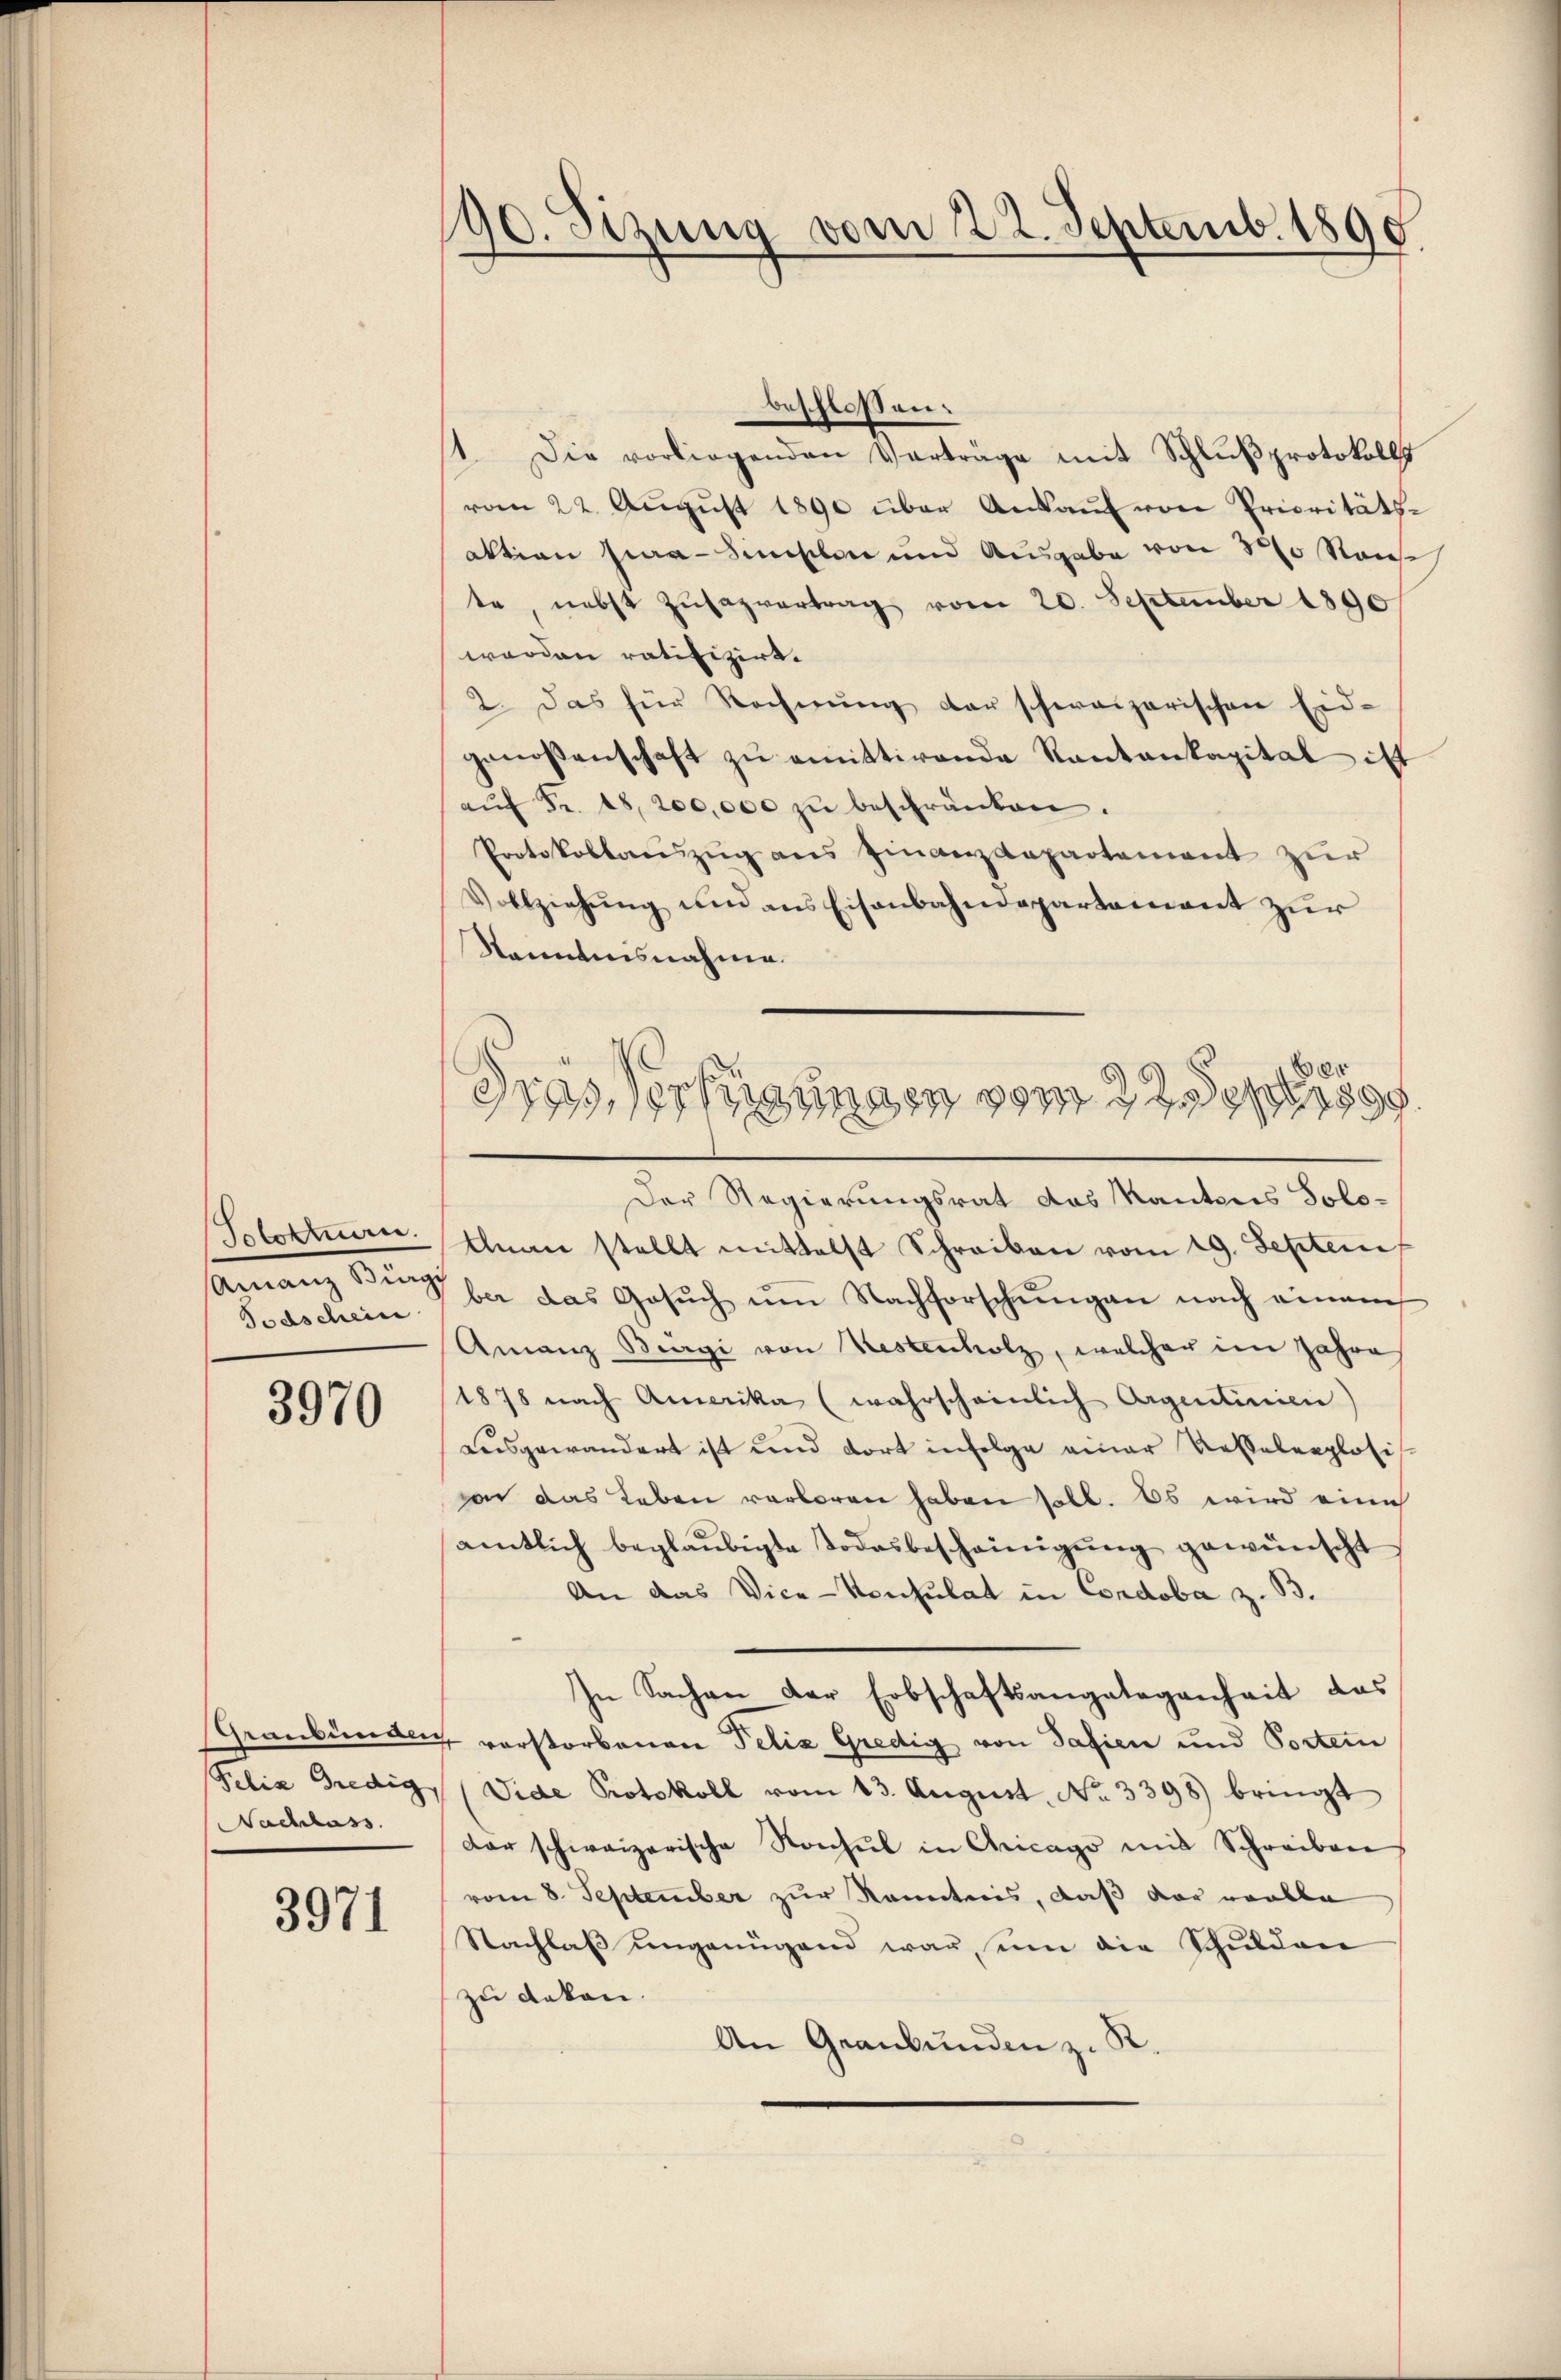
Poloktuern.
Ainanz Bürgi
Todschein

3970

Pelia Bredig
Nachlass

3971

190. Sizung vom 22. Septemb. 1890.

1. Die vorliegenden Verträge mit Schlŭβprotokolls
vom 22. Aŭgŭst 1890 über Ankaŭf von Prioritäts-
aktion zwar - Simsten und Ausgabe von 300 Ranseh
te, nebst Zŭsazvertrag vom 20. September 1890
worden ratifizirt.
2. Das für Rechnŭng der schweizerischen Eid-
genossenschaft zŭ emittirende Kantonkapital ist
aŭf Fr. 18, 200,000 zŭ beschränken.
Protokollaŭszŭg ans Finanzdepartement zur
Vollziehung und ans Eisenbahndepartement zur
Stammtnisnahme.
Der Regierungsrat das Kantons Solo-
llnau stellt mittelst Schreiben vom 19. Septem
ber das Gesŭch um Nachforschungen nach einem
Amanz Burgi von Restencholz, welcher im Jahre
1878 nach Amerika (wahrscheinlich Argentinien
ausgewandert ist und dort infolge einer Resteleplosis
von das Leben verloren haben soll. Es wird eine
amtlich beglaubigte Todesbescheinigung gewünscht
An das Vice-Konsulat in Condoba z. B.
In Sachen der Erbschaftsangelegenheit das
Graubünden verstorbenen Pelis Gredig von Pasien und Portei
Vide Protokoll vom 13. August. No. 3398 bringt
dar schweizerische Konsul in Chicago mit Schreiben
vom 8. September zur Kenntnis, daß der wolle
Nachlaβ ŭngenügend war, um die Schulden
zu acken.
An Graubünden z. B.

beschlossen:

Ber
Frassertigungen vom 30